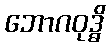
ဘောဂဝုဒ္ဓိ